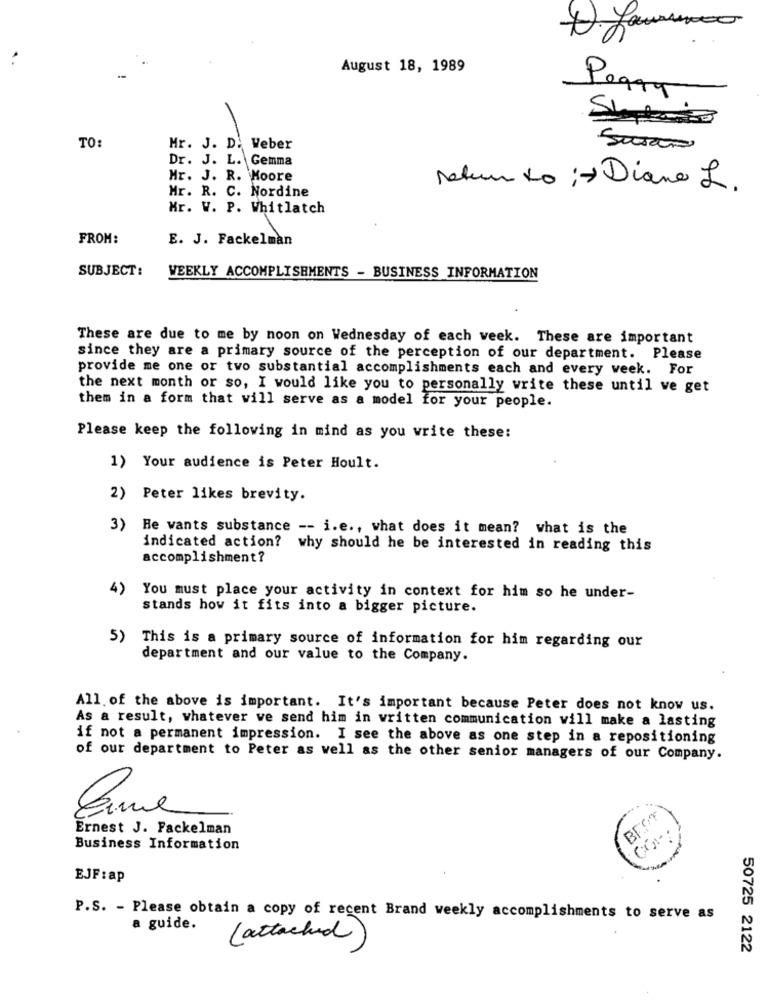
4. Lamun
August 18, 1989
Perry
TO:
Mr. J. D. Weber
Susan
Dr. J. L. Gemma
Mr. J. R. Moore
Mr. R. C. Nordine
return to : - Diane L .
Mr. V. P. Whitlatch
FROM:
E. J. Fackelman
SUBJECT:
WEEKLY ACCOMPLISHMENTS - BUSINESS INFORMATION
These are due to me by noon on Wednesday of each week. These are important
since they are a primary source of the perception of our department. Please
provide me one or two substantial accomplishments each and every week. For
the next month or so, I would like you to personally write these until ve get
them in a form that will serve as a model for your people.
Please keep the following in mind as you write these:
1) Your audience is Peter Hoult.
2) Peter likes brevity.
3) He wants substance -- i.e ., what does it mean? what is the
indicated action? why should he be interested in reading this
accomplishment?
4)
You must place your activity in context for him so he under-
stands how it fits into a bigger picture.
5)
This is a primary source of information for him regarding our
department and our value to the Company.
All of the above is important. It's important because Peter does not know us.
As a result, whatever we send him in written communication will make a lasting
if not a permanent impression. I see the above as one step in a repositioning
of our department to Peter as well as the other senior managers of our Company.
Ernest J. Fackelman
Business Information
EJF:ap
P.S. - Please obtain a copy of recent Brand weekly accomplishments to serve as
a guide.
(attached)
50725 2122